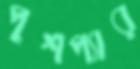
পুশপ্যার